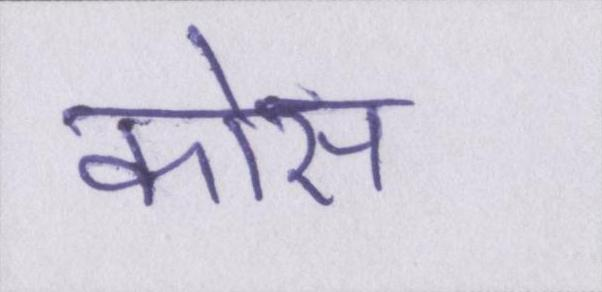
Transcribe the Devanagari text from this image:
कोस